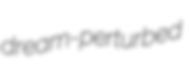
dream-perturbed